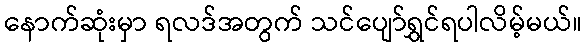
နောက်ဆုံးမှာ ရလဒ်အတွက် သင်ပျော်ရွှင်ရပါလိမ့်မယ်။